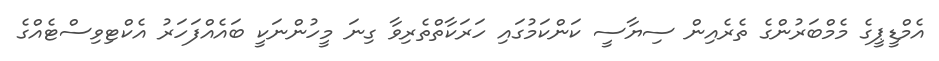
އެމްޑީޕީގެ މެމްބަރުންގެ ތެރެއިން ސިޔާސީ ކަންކަމުގައި ހަރަކާތްތެރިވާ ގިނަ މީހުންނަކީ ބައެއްފަހަރު އެކްޓިވިސްޓެއްގެ